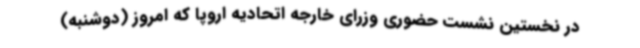
در نخستین نشست حضوری وزرای خارجه اتحادیه اروپا که امروز (دوشنبه)